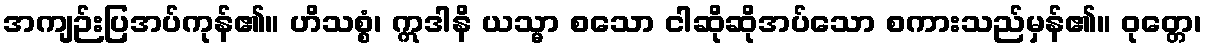
အကျဉ်းပြအပ်ကုန်၏။ ဟိသစ္စံ၊ ဣဒါနိ ယသ္မာ စသော ငါဆိုဆိုအပ်သော စကားသည်မှန်၏။ ဝုတ္တေ၊